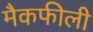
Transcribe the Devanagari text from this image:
मैकफीली